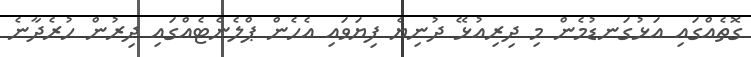
ގޮތެއްގައި އަޅުގަނޑުމެން މި ދިރިއުޅޭ ދުނިޔެ ފިޔަވައި އެހެން ޕްލެނެޓެއްގައި ދިރުން ހުރެދާނެ